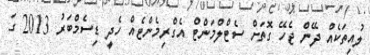
ލުއިތަކެއް ދޭން ޖެހޭ ގޮތަށް ސެޓްލްމަންޓް އެގްރިމެންޓެއް ހެދީ ޑިސެމްބަރު 2013 ގަ